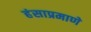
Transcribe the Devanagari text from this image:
हंसाप्रमाणे